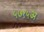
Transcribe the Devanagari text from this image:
५७१५अ